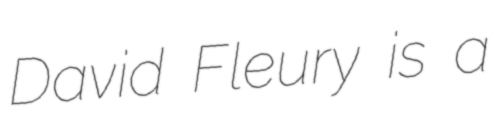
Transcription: David Fleury is a